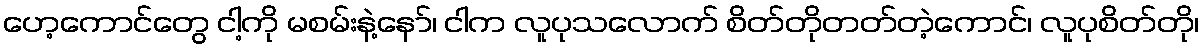
ဟေ့ကောင်တွေ ငါ့ကို မစမ်းနဲ့နော်၊ ငါက လူပုသလောက် စိတ်တိုတတ်တဲ့ကောင်၊ လူပုစိတ်တို၊